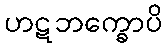
ဟဋဘက္ခောပိ